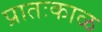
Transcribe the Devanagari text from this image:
प्रातःकाळ